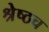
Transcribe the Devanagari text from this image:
श्रेष्ठच